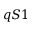
q S 1